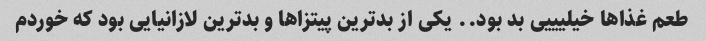
طعم غذاها خیلیییی بد بود.. یکی از بدترین پیتزاها و بدترین لازانیایی بود که خوردم